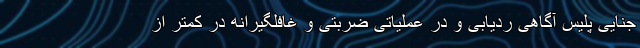
جنایی پلیس آگاهی ردیابی و در عملیاتی ضربتی و غافلگیرانه در کمتر از